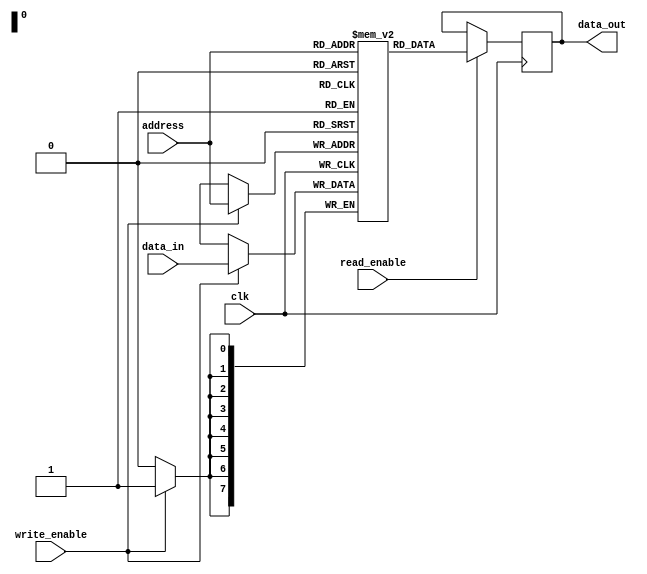
module dual_port_ram (
    input clk,
    input write_enable,
    input read_enable,
    input [7:0] address,
    input [7:0] data_in,
    output reg [7:0] data_out
);

reg [7:0] memory [0:255];

always @(posedge clk) begin
    if (write_enable) begin
        memory[address] <= data_in;
    end
    
    if (read_enable) begin
        data_out <= memory[address];
    end
end

endmodule